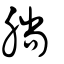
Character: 𣎃